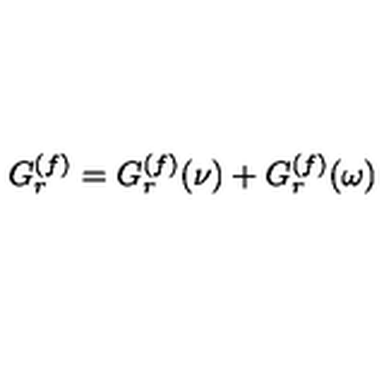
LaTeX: G _ { r } \sp { ( f ) } = G _ { r } \sp { ( f ) } ( \nu ) + G _ { r } \sp { ( f ) } ( \omega )